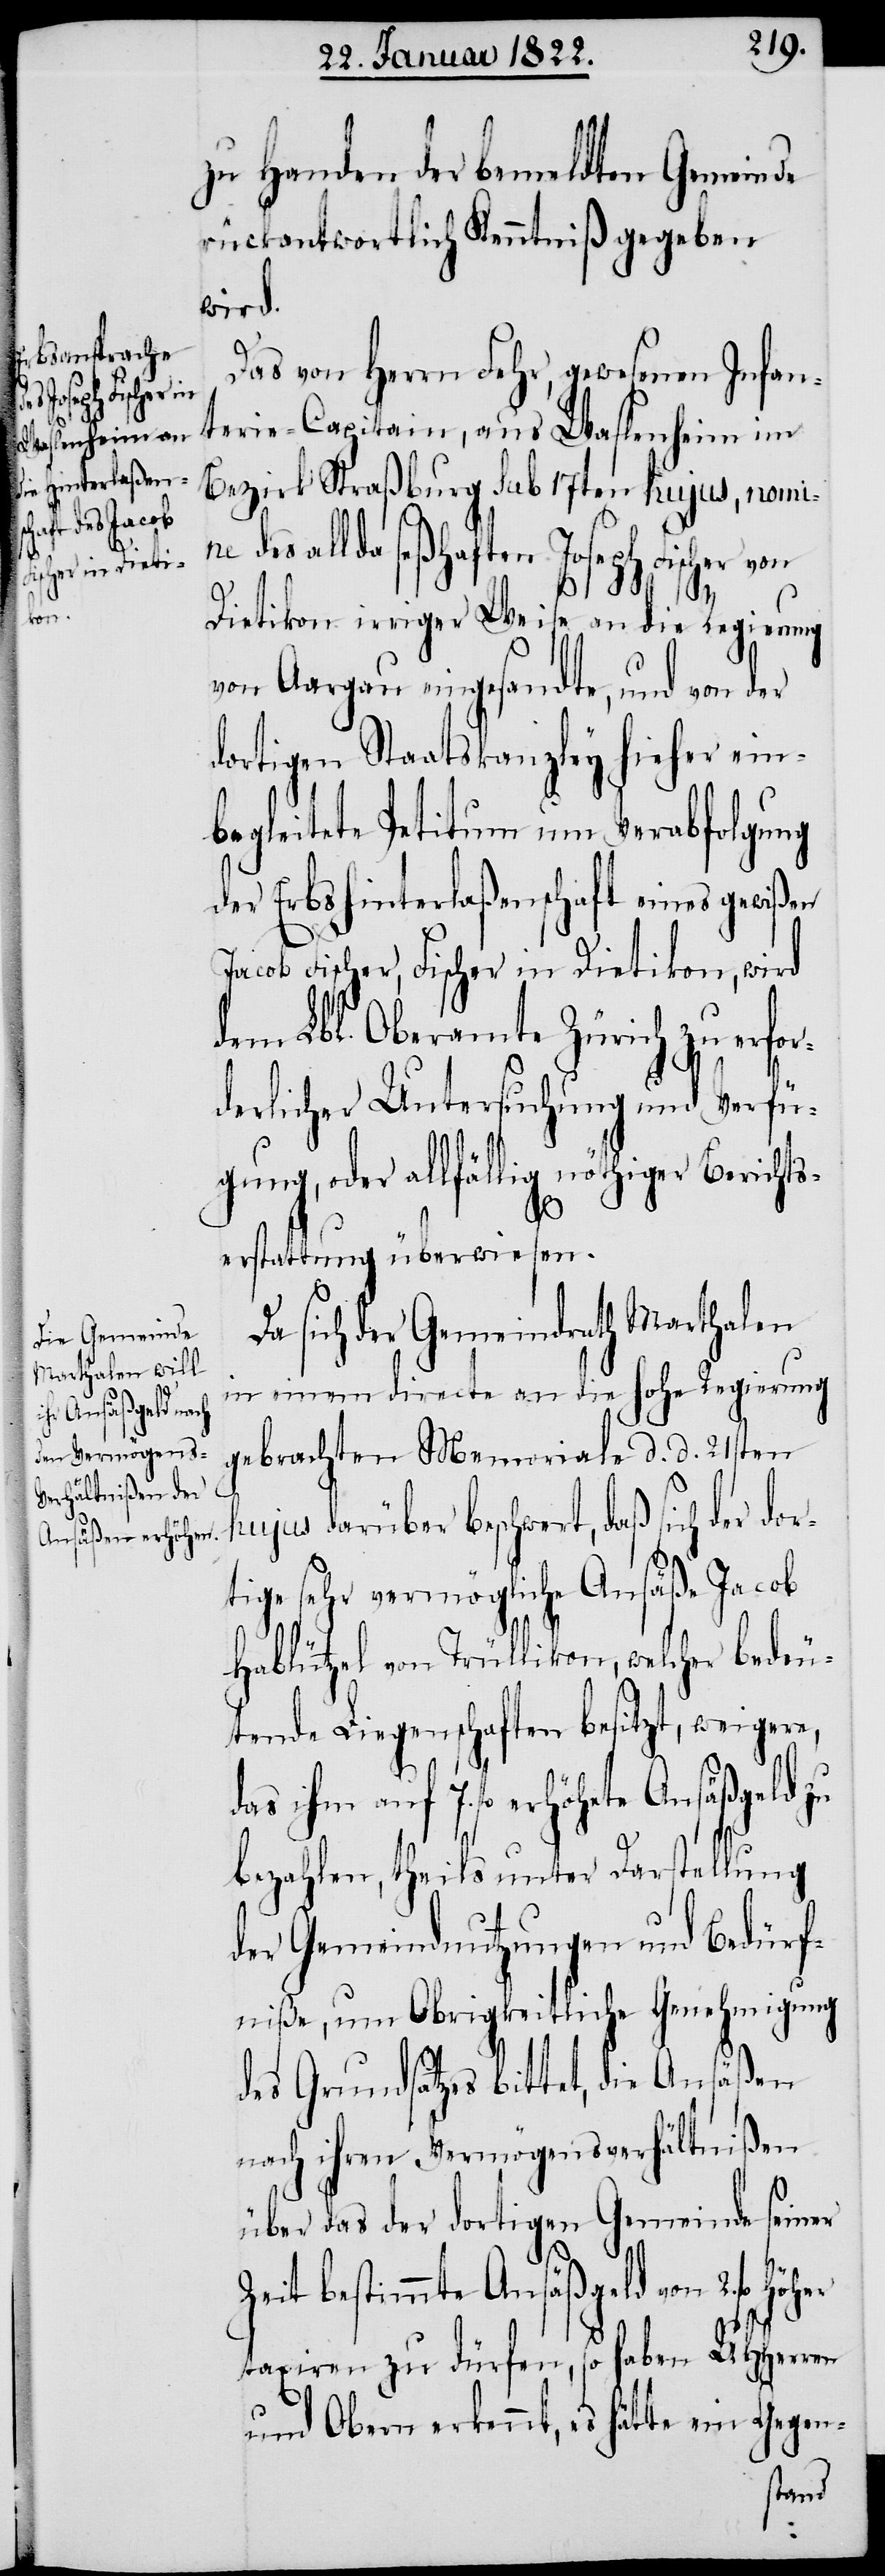
zu Handen der bemeldten Gemeinde
rückantwortlich Kenntniß gegeben
wird.
Das von Herrn Fehr, gewesenen Infan¬
terie-Capitain, aus Waslenheim im
Bezirk Straßburg sub 17ten hujus, nomin¬
e des allda seßhaften Joseph Fischer von
Dietikon irriger Weise an die Regierung
von Aargau eingesandte, und von der
dortigen Staatskanzley hieher ein¬
begleitete Petitum um Verabfolgung
der Erbshinterlaßenschaft eines gewißen
Jacob Fischer, Fischer in Dietikon, wird
dem Lbl. Oberamte Zürich zu erfor¬
derlicher Untersuchung und Verfü¬
gung, oder allfällig nöthiger Berichts¬
dor¬
erstattung überwiesen.
Da sich der Gemeindrath Marthalen
in einem directe an die hohe Regierung
gebrachten Memoriale d. d. 21sten
hujus darüber beschwert, daß sich der
tige sehr vermögliche Ansäße Jacob
Hablützel von Trüllikon, welcher bedeu¬
tende Liegenschaften besitzt, weigere,
das ihm auf 7. fl. erhöhte Ansäßgeld zu
bezahlen, theils unter Darstellung
der Gemeindnutzungen und Bedürf¬
niße, um Obrigkeitliche Genehmigung
des Grundsatzes bittet, die Ansäßen
nach ihren Vermögensverhältnißen
über das der dortigen Gemeinde seiner
Zeit bestimmte Ansäßgeld von 2. fl.
taxiren zu dürfen, so haben UHHerren
und Obern erkennt, es hätte ein Gegen-